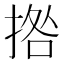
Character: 𭡗